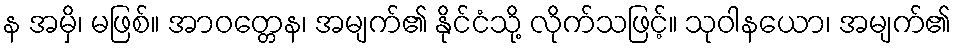
န အမှိ၊ မဖြစ်။ အာဝတ္တေန၊ အမျက်၏ နိုင်ငံသို့ လိုက်သဖြင့်။ သုဝါနယော၊ အမျက်၏